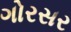
ગોરસર